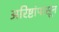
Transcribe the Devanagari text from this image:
अरिष्टांपासून